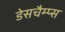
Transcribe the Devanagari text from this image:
डेसचैम्प्स